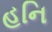
હનિ